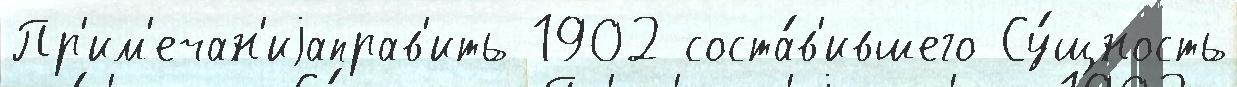
Пр'им'ечан'иjаправ'ить 1902 соста́в'ившего Су́щность